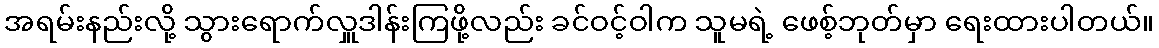
အရမ်းနည်းလို့ သွားရောက်လှူဒါန်းကြဖို့လည်း ခင်ဝင့်ဝါက သူမရဲ့ ဖေစ့်ဘုတ်မှာ ရေးထားပါတယ်။